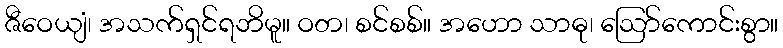
ဇီဝေယျံ၊ အသက်ရှင်ရဘိမူ။ ဝတ၊ စင်စစ်။ အဟော သာဓု၊ ဩော်ကောင်းစွာ။